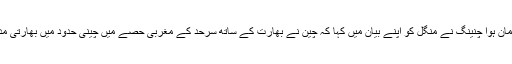
چین کی وزارت خارجہ کی ترجمان ہوا چنینگ نے منگل کو اپنے بیان میں کہا کہ چین نے بھارت کے ساتھ سرحد کے مغربی حصے میں چینی حدود میں بھارتی مداخلت کی ہمیشہ مخالفت کی ہے۔